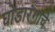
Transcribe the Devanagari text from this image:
घोडारंगाचे